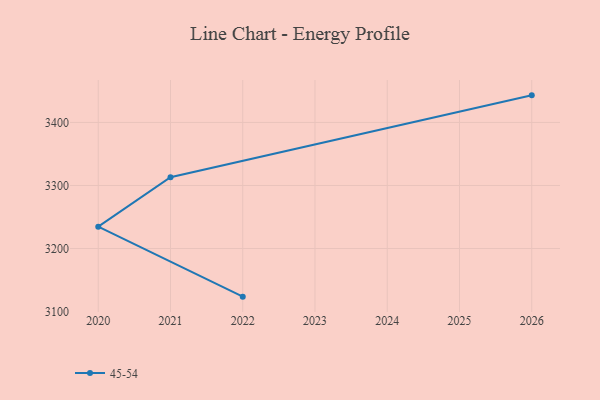
{"axis": {"x": "Year", "y": "Population (Million)"}, "legend": ["45-54"], "data": [{"x": "2026", "y": 3443.0, "type": "45-54"}, {"x": "2021", "y": 3313.2, "type": "45-54"}, {"x": "2020", "y": 3234.7, "type": "45-54"}, {"x": "2022", "y": 3123.6, "type": "45-54"}]}